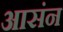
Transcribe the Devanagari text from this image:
आसंन